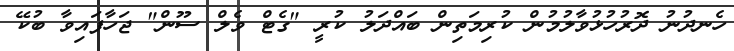
ހެނދުނު ދޮރުހުޅުވާލުމުން ކުރިމަތިން ބައްދަލު ކުރީ "ގެޓް ވެލް ސޫން" ޖަހާފައިވާ ބުކޭ